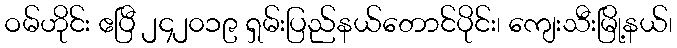
ဝမ်ဟိုင်း ဧပြီ ၂၄၂၀၁၉ ရှမ်းပြည်နယ်တောင်ပိုင်း၊ ကျေးသီးမြို့နယ်၊